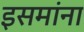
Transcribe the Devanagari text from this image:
इसमांना